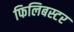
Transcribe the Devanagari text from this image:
फिलिबस्टर